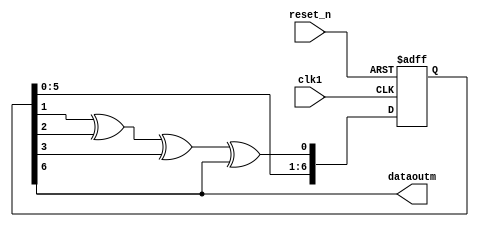
module PN_Seq(clk1,reset_n,dataoutm);
   input      clk1; 
	input      reset_n;
	output     dataoutm;
	reg    [ 7 : 1 ] c;
	
	always @( posedge clk1 or negedge reset_n )
	begin
  if(!reset_n)
  c<=7'b1000000;
  else
  begin
  c[2]<=c[1];
  c[3]<=c[2];
  c[4]<=c[3];
  c[5]<=c[4];
  c[6]<=c[5];
  c[7]<=c[6];
  c[1]<=c[2]^c[3]^c[4]^c[7];
		
	end
	end
	assign dataoutm = c[7];
	
endmodule